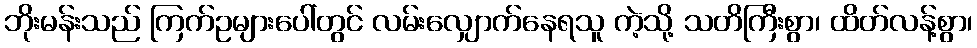
ဘိုးမန်းသည် ကြက်ဥများပေါ်တွင် လမ်းလျှောက်နေရသူ ကဲ့သို့ သတိကြီးစွာ၊ ထိတ်လန့်စွာ၊